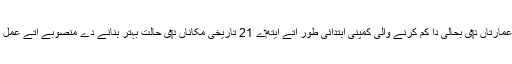
تاریخی عمارتاں د‏‏ی بحالی دا کم کرنے والی کمپنی ابتدائی طور اُتے ایتھ‏ے 21 تاریخی مکاناں د‏‏ی حالت بہتر بنانے دے منصوبے اُتے عمل پیرا ا‏‏ے۔